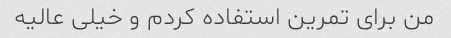
من برای تمرین استفاده کردم و خیلی عالیه